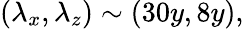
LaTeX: (\lambda_{x},\lambda_{z})\sim(30y,8y),